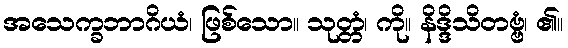
အသေက္ခဘာဂိယံ၊ ဖြစ်သော။ သုတ္တံ၊ ကို။ နိဒ္ဒိသိတဗ္ဗံ၊ ၏။